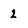
Character: 2